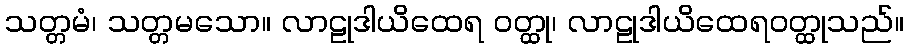
သတ္တမံ၊ သတ္တမသော။ လာဠုဒါယိထေရ ဝတ္ထု၊ လာဠုဒါယိထေရဝတ္ထုသည်။